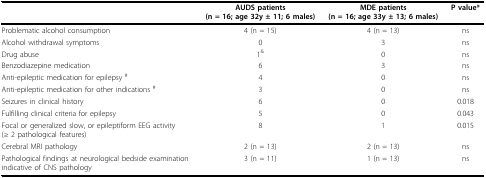
|  | AUDS patients(n = 16; age 32y ± 11; 6 males) | MDE patients(n = 16; age 33y ± 13; 6 males) | P value* |
 | --- | --- | --- | --- |
 | Problematic alcohol consumption | 4 (n = 15) | 4 (n = 13) | ns |
 | Alcohol withdrawal symptoms | 0 | 3 | ns |
 | Drug abuse | 1& | 0 | ns |
 | Benzodiazepine medication | 6 | 3 | ns |
 | Anti-epileptic medication for epilepsy # | 4 | 0 | ns |
 | Anti-epileptic medication for other indications # | 3 | 0 | ns |
 | Seizures in clinical history | 6 | 0 | 0.018 |
 | Fulfilling clinical criteria for epilepsy | 5 | 0 | 0.043 |
 | Focal or generalized slow, or epileptiform EEG activity (≥ 2 pathological features) | 8 | 1 | 0.015 |
 | Cerebral MRI pathology | 2 (n = 13) | 2 (n = 13) | ns |
 | Pathological findings at neurological bedside examination indicative of CNS pathology | 3 (n = 11) | 1 (n = 13) | ns |